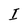
Character: I